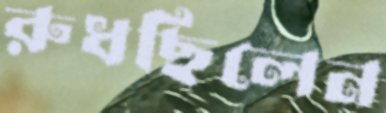
রুধছিলেন